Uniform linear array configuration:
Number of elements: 8
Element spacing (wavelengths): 0.25
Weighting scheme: binomial
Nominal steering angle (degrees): -60
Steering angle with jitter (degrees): -61.665
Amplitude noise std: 0.05
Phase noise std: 0.05

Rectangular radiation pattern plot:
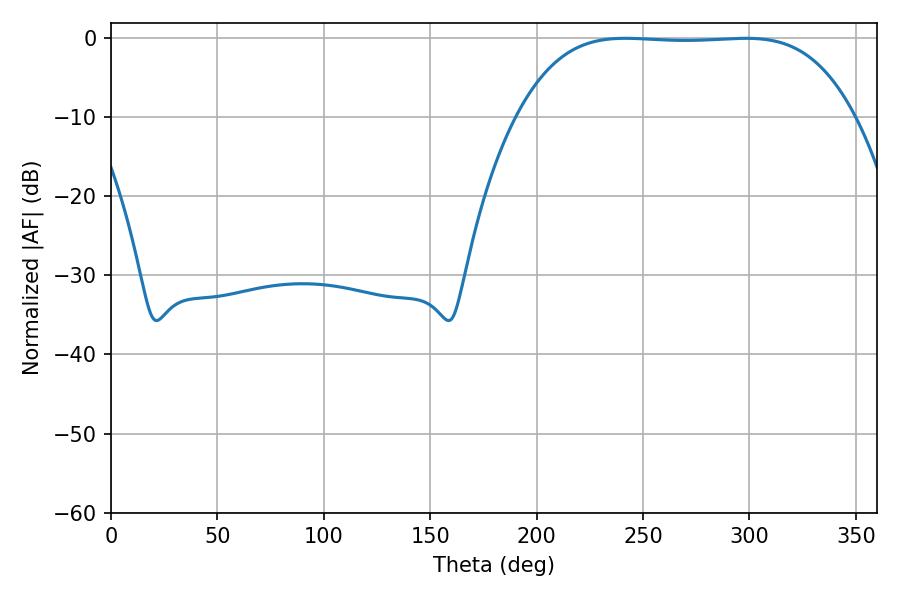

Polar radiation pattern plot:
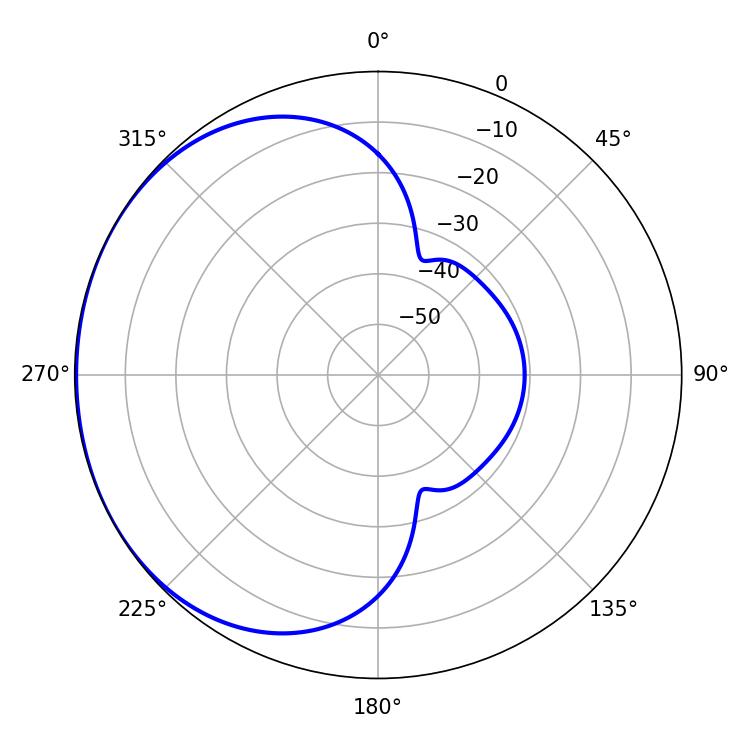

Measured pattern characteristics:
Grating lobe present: FALSE
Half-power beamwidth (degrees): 122.04
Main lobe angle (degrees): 298.26